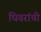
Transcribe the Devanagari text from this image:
धिवरांची